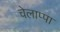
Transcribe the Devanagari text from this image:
चेलाप्पा